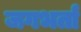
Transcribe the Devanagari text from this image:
जगभर्ता